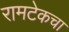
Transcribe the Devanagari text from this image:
रामटेकचा